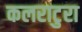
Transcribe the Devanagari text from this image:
कलराटुरा